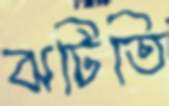
ঝটিতি